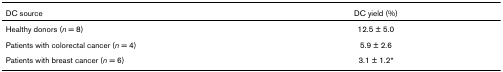
| DC source | DC yield (%) |
 | --- | --- |
 | Healthy donors (n = 8) | 12.5 ± 5.0 |
 | Patients with colorectal cancer (n = 4) | 5.9 ± 2.6 |
 | Patients with breast cancer (n = 6) | 3.1 ± 1.2* |